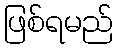
ဖြစ်ရမည်